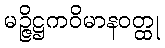
မဉ္ဇိဋ္ဌကဝိမာနဝတ္ထု